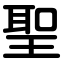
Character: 聖